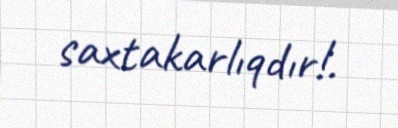
saxtakarlıqdır!.